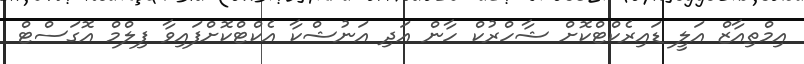
އިމްތިއާޒް އަލީ ޑައިރެކްޓްކޮށް ޝާހްރުކް ހާން އަދި އަނުޝްކާ އެކްޓްކޮށްފައިވާ ފިލްމް އޮގަސްޓް